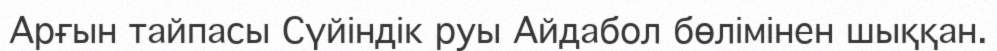
Арғын тайпасы Сүйіндік руы Айдабол бөлімінен шыққан.